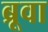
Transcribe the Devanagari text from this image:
ब्रूवा